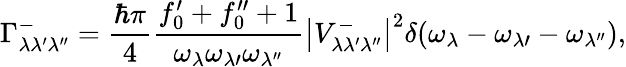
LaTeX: \Gamma_{\lambda\lambda^{\prime}\lambda^{\prime\prime}}^{-}=\frac{\hbar\pi}{4}\frac{f_{0}^{\prime}+f_{0}^{\prime\prime}+1}{\omega_{\lambda}\omega_{\lambda\prime}\omega_{\lambda^{\prime\prime}}}\left|V_{\lambda\lambda^{\prime}\lambda^{\prime\prime}}^{-}\right|^{2}\delta(\omega_{\lambda}-\omega_{\lambda\prime}-\omega_{\lambda^{\prime\prime}}),